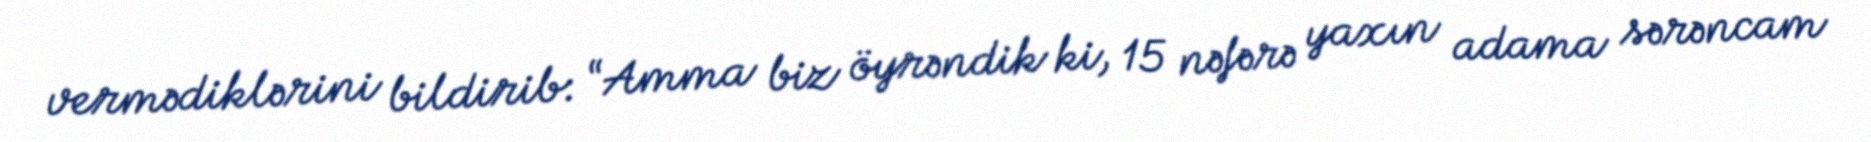
vermədiklərini bildirib: “Amma biz öyrəndik ki, 15 nəfərə yaxın adama sərəncam